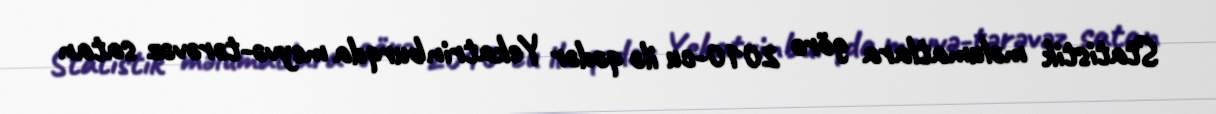
Statistik məlumatlara görə 2010-cu ilə qədər Yekatrinburqda meyvə-tərəvəz satan